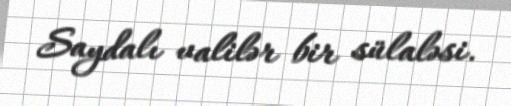
Saydalı valilər bir sülaləsi.